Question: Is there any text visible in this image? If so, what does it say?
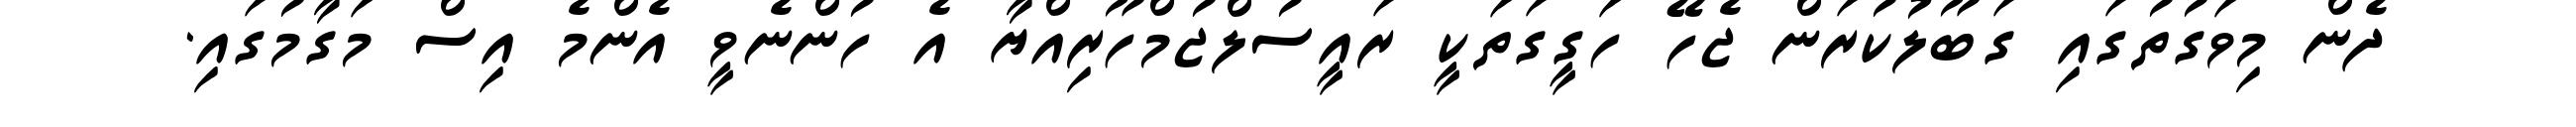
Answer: ދެން މިވަގުތުގައި ގަބޫލުކުރަން ޖެހޭ ހަގީގަތަކީ ރައީސުލްޖުމްހޫރިއްޔާ އެ ހުންނެވީ އެންމެ އިސް މަގާމުގައި.